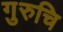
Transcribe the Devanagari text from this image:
गुरुचि